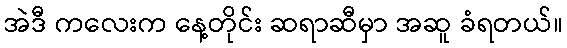
အဲဒီ ကလေးက နေ့တိုင်း ဆရာဆီမှာ အဆူ ခံရတယ်။